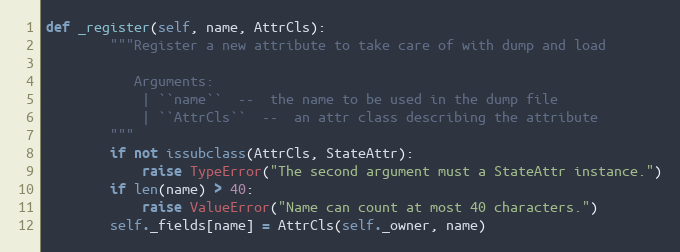
Language: Python
def _register(self, name, AttrCls):
        """Register a new attribute to take care of with dump and load

           Arguments:
            | ``name``  --  the name to be used in the dump file
            | ``AttrCls``  --  an attr class describing the attribute
        """
        if not issubclass(AttrCls, StateAttr):
            raise TypeError("The second argument must a StateAttr instance.")
        if len(name) > 40:
            raise ValueError("Name can count at most 40 characters.")
        self._fields[name] = AttrCls(self._owner, name)